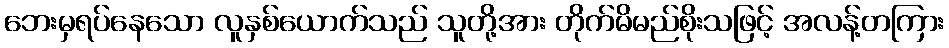
ဘေးမှရပ်နေသော လူနှစ်ယောက်သည် သူတို့အား တိုက်မိမည်စိုးသဖြင့် အလန့်တကြား